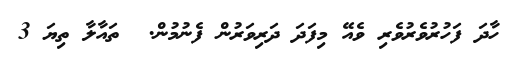
ހާދަ ފަހުރުވެރުވެރި ވެއޭ މިފަދަ ދަރިވަރުން ފެނުމުން.  ތައާލާ ތިޔަ 3